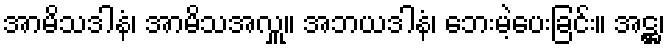
အာမိသဒါနံ၊ အာမိသအလှူ။ အဘယဒါနံ၊ ဘေးမဲ့ပေးခြင်း။ အဋ္ဌ၊